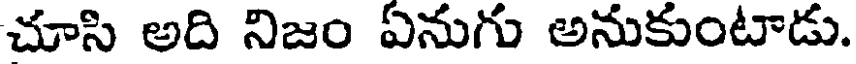
చూసి అది నిజం ఏనుగు అనుకుంటాడు.